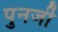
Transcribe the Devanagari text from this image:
पुनर्जी